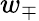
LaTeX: w_{\mp}